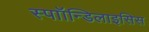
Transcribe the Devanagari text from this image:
स्पाॉन्डिलाइसिस